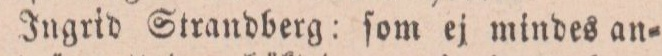
Ingrid Strandberg: ſom ej mindes an=